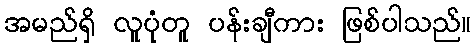
အမည်ရှိ လူပုံတူ ပန်းချီကား ဖြစ်ပါသည်။